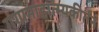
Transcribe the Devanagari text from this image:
गंगामाहात्म्यकीर्तन